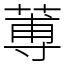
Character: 蒪